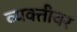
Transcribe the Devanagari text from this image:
व्‍यक्‍तीवर